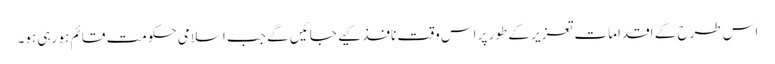
اس طرح کے اقدامات تعزیر کے طور پر اس وقت نافذ کیے جائیں گے جب اسلامی حکومت قائم ہو رہی ہو۔